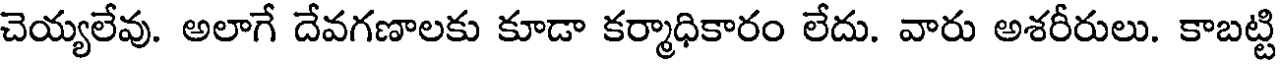
చెయ్యలేవు. అలాగే దేవగణాలకు కూడా కర్మాధికారం లేదు. వారు అశరీరులు. కాబట్టి